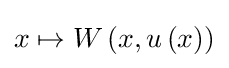
x\mapsto W\left(x,u\left(x\right)\right)